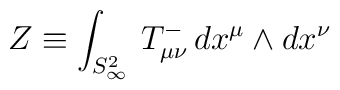
Z \equiv \int_{S^2_\infty} \,T^{-}_{\mu\nu} \, dx^\mu \wedge dx^\nu